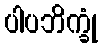
ပါပဘိက္ခုံ